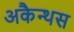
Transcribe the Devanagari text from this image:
अकैन्थस